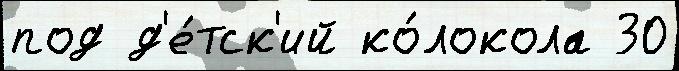
под д'е́тск'ий ко́локола 30